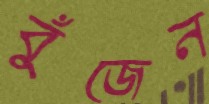
বুঁজেন